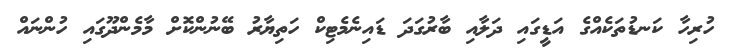
ހުރިހާ ކަނޑުތަކެއްގެ އަޑީގައި ދަލާއި ބާރުގަދަ ޑައިނެމެޓިކް ހަތިޔާރު ބޭނުންކޮށް މާމެންދޫގައި ހުންނައް